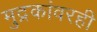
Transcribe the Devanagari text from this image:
मुद्रकांवरही